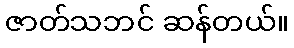
ဇာတ်သဘင် ဆန်တယ်။